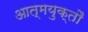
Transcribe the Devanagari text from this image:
आत्मयुक्तौ